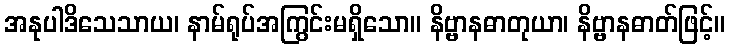
အနုပါဒိသေသာယ၊ နာမ်ရုပ်အကြွင်းမရှိသော။ နိဗ္ဗာနဓာတုယာ၊ နိဗ္ဗာနဓာတ်ဖြင့်။